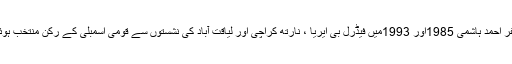
مظفر احمد ہاشمی 1985اور 1993میں فیڈرل بی ایریا ، نارتھ کراچی اور لیاقت آباد کی نشستوں سے قومی اسمبلی کے رکن منتخب ہوئے۔